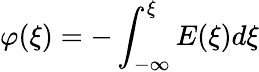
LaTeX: \varphi(\xi)=-\int_{-\infty}^{\xi}E(\xi)d\xi